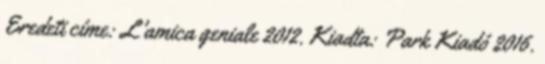
Eredeti címe: L'amica geniale 2012. Kiadta: Park Kiadó 2016.